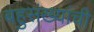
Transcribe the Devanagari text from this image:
बहुसंख्यांची